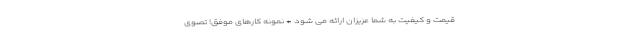
قیمت و کیفیت به شما عزیزان ارائه می شود + نمونه کارهای موفق! تصوی